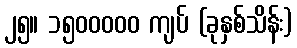
၂၅။ ၁၅၀၀၀၀၀ ကျပ် (ခုနှစ်သိန်း)